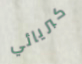
كبريائي